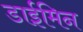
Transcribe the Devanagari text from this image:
डाईमिन